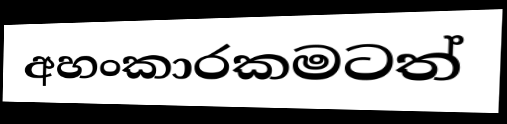
අහංකාරකමටත්